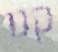
קנו